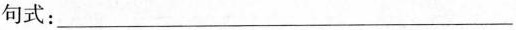
句式：____